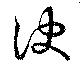
訣